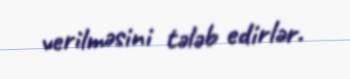
verilməsini tələb edirlər.